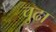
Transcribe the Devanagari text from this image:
चुढा